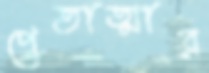
প্রেতাত্মার